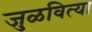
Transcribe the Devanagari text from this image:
जुळवित्या